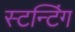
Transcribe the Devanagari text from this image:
स्टन्टिंग